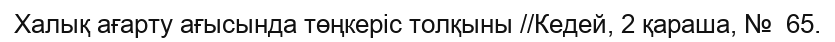
Халық ағарту ағысында төңкеріс толқыны //Кедей, 2 қараша, №  65.